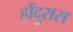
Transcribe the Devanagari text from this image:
होंदुरास